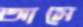
আসে